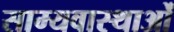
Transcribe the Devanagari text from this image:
साम्यवास्थाओं